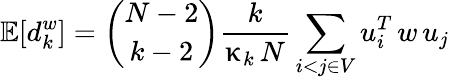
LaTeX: \mathbb{E}[d_{k}^{w}]=\binom{N-2}{k-2}\frac{k}{\upkappa_{k}\, N}\sum_{i<j\in V}u_{i}^{T}\, w\, u_{j}